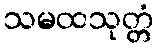
သမထသုတ္တံ